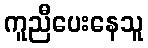
ကူညီပေးနေသူ